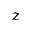
\boldsymbol { z }